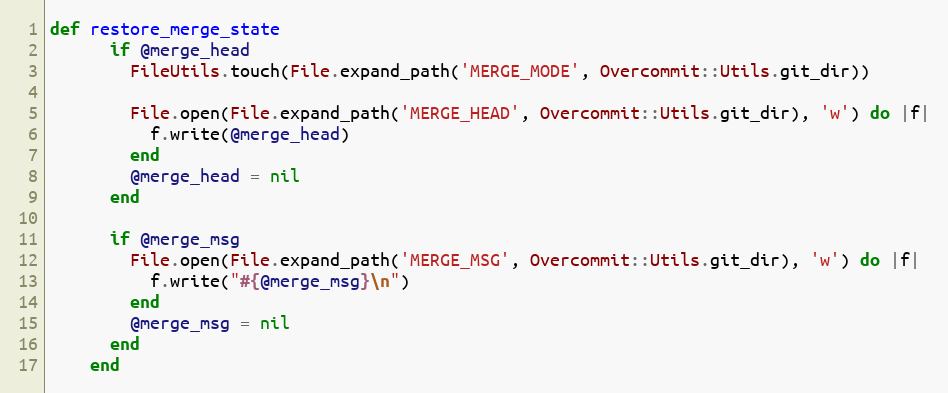
Language: Ruby
def restore_merge_state
      if @merge_head
        FileUtils.touch(File.expand_path('MERGE_MODE', Overcommit::Utils.git_dir))

        File.open(File.expand_path('MERGE_HEAD', Overcommit::Utils.git_dir), 'w') do |f|
          f.write(@merge_head)
        end
        @merge_head = nil
      end

      if @merge_msg
        File.open(File.expand_path('MERGE_MSG', Overcommit::Utils.git_dir), 'w') do |f|
          f.write("#{@merge_msg}\n")
        end
        @merge_msg = nil
      end
    end